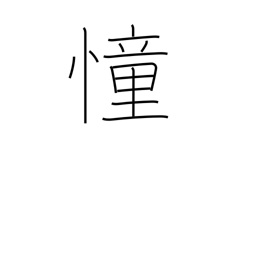
Meaning: yearn after